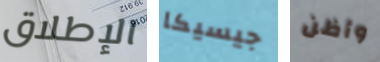
الإطلاق جيسيكا وأظن